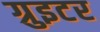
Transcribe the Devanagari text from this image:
ग्रुइटर